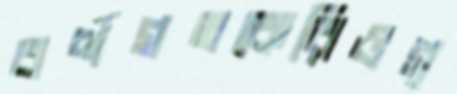
বর্ণগতকেরিওগ্